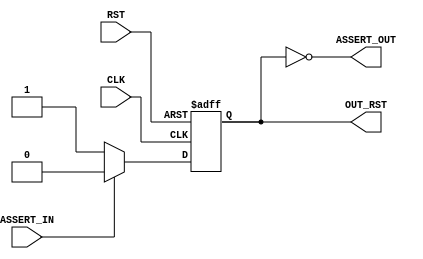

// Copyright (c) 2000-2012 Bluespec, Inc.

// Permission is hereby granted, free of charge, to any person obtaining a copy
// of this software and associated documentation files (the "Software"), to deal
// in the Software without restriction, including without limitation the rights
// to use, copy, modify, merge, publish, distribute, sublicense, and/or sell
// copies of the Software, and to permit persons to whom the Software is
// furnished to do so, subject to the following conditions:

// The above copyright notice and this permission notice shall be included in
// all copies or substantial portions of the Software.

// THE SOFTWARE IS PROVIDED "AS IS", WITHOUT WARRANTY OF ANY KIND, EXPRESS OR
// IMPLIED, INCLUDING BUT NOT LIMITED TO THE WARRANTIES OF MERCHANTABILITY,
// FITNESS FOR A PARTICULAR PURPOSE AND NONINFRINGEMENT. IN NO EVENT SHALL THE
// AUTHORS OR COPYRIGHT HOLDERS BE LIABLE FOR ANY CLAIM, DAMAGES OR OTHER
// LIABILITY, WHETHER IN AN ACTION OF CONTRACT, TORT OR OTHERWISE, ARISING FROM,
// OUT OF OR IN CONNECTION WITH THE SOFTWARE OR THE USE OR OTHER DEALINGS IN
// THE SOFTWARE.
//
// $Revision$
// $Date$

`ifdef BSV_ASSIGNMENT_DELAY
`else
  `define BSV_ASSIGNMENT_DELAY
`endif

`ifdef BSV_POSITIVE_RESET
  `define BSV_RESET_VALUE 1'b1
  `define BSV_RESET_EDGE posedge
`else
  `define BSV_RESET_VALUE 1'b0
  `define BSV_RESET_EDGE negedge
`endif



module MakeReset0 (
		  CLK,
		  RST,
                  ASSERT_IN,
		  ASSERT_OUT,

                  OUT_RST
                  );

   parameter          init = 1 ;

   input              CLK ;
   input              RST ;
   input              ASSERT_IN ;
   output             ASSERT_OUT ;

   output             OUT_RST ;

   reg                rst ;

   assign ASSERT_OUT =  rst == `BSV_RESET_VALUE ;

   assign OUT_RST = rst ;

   always@(posedge CLK or `BSV_RESET_EDGE RST) begin
      if (RST == `BSV_RESET_VALUE)
        rst <= `BSV_ASSIGNMENT_DELAY init ? ~ `BSV_RESET_VALUE : `BSV_RESET_VALUE;
      else
        begin
           if (ASSERT_IN)
             rst <= `BSV_ASSIGNMENT_DELAY `BSV_RESET_VALUE;
           else // if (rst == 1'b0)
             rst <= `BSV_ASSIGNMENT_DELAY ~ `BSV_RESET_VALUE;
        end // else: !if(RST == `BSV_RESET_VALUE)
   end // always@ (posedge CLK or `BSV_RESET_EDGE RST)


`ifdef BSV_NO_INITIAL_BLOCKS
`else // not BSV_NO_INITIAL_BLOCKS
   // synopsys translate_off
   initial begin
      #0 ;
      rst = ~ `BSV_RESET_VALUE ;
   end
   // synopsys translate_on
`endif // BSV_NO_INITIAL_BLOCKS

endmodule // MakeReset0